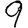
Digit: 9